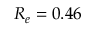
R _ { e } = 0 . 4 6